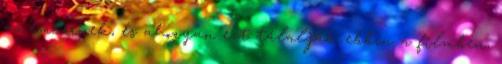
az embernek, és ahogyan ezt tálalják ebben a filmben,